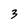
Character: 3